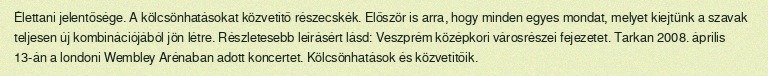
Élettani jelentősége. A kölcsönhatásokat közvetítő részecskék. Először is arra, hogy minden egyes mondat, melyet kiejtünk a szavak teljesen új kombinációjából jön létre. Részletesebb leírásért lásd: Veszprém középkori városrészei fejezetet. Tarkan 2008. április 13-án a londoni Wembley Arénaban adott koncertet. Kölcsönhatások és közvetítőik.